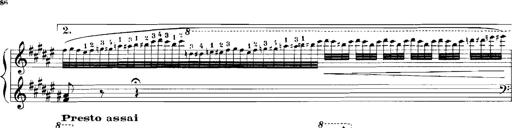
Title: Rhapsodies hongroises
Composer: Franz Liszt